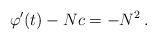
LaTeX: \begin{align*} \varphi'(t) -Nc =-N^2 \,. \end{align*}